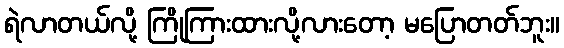
ရဲလာတယ်လို့ ကြိုကြားထားလို့လားတော့ မပြောတတ်ဘူး။